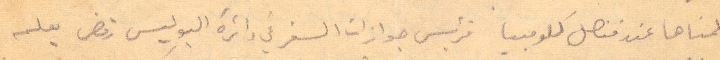
علمناها عند قنصل كولومبيا فرئيس جوازات السفر في دائرة البوليس رفض يعلم